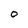
Character: O